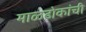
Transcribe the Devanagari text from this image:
माळढोकांची